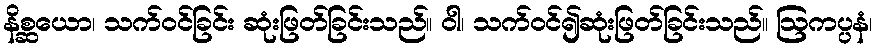
နိစ္ဆယော၊ သက်ဝင်ခြင်း ဆုံးဖြတ်ခြင်းသည်။ ဝါ၊ သက်ဝင်၍ဆုံးဖြတ်ခြင်းသည်။ ဩကပ္ပနံ၊